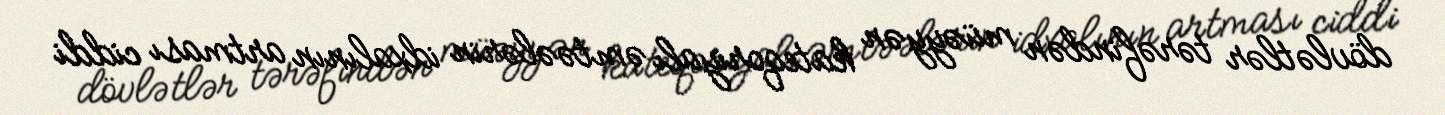
dövlətlər tərəfindən müəyyən kateqoriyalı əmtəələrin idxalının artması ciddi